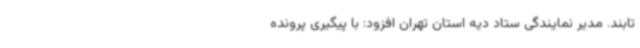
تابند. مدیر نمایندگی ستاد دیه استان تهران افزود: با پیگیری پرونده